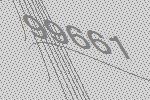
99661